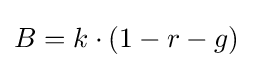
{\textstyle B=k\cdot (1-r-g)}